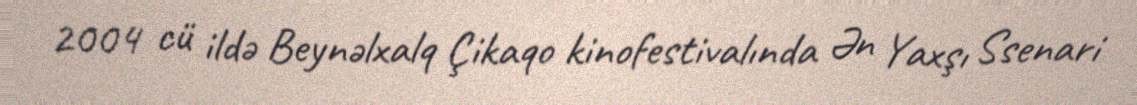
2004 cü ildə Beynəlxalq Çikaqo kinofestivalında Ən Yaxşı Ssenari